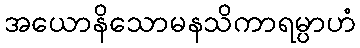
အယောနိသောမနသိကာရမ္ပာဟံ